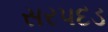
સરપદડ